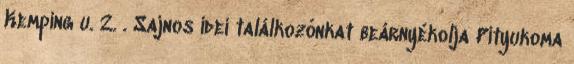
Kemping u. 2. . Sajnos idei találkozónkat beárnyékolja Pityukoma